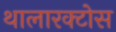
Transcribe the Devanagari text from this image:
थालारक्टोस